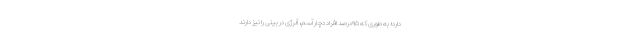
دارد؛ به‌ طوری‌ که ۹۵درصد افراد دچار آسم، آلرژی در بینی را نیز دارند